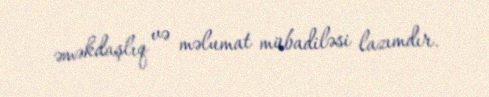
əməkdaşlıq və məlumat mübadiləsi lazımdır.